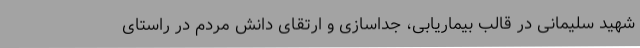
شهید سلیمانی در قالب بیماریابی، جداسازی و ارتقای دانش مردم در راستای